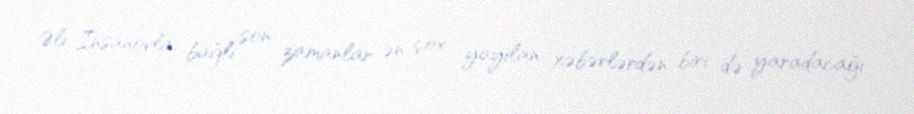
Əli İnsanovla bağlı son zamanlar ən çox yayılan xəbərlərdən biri də yaradacağı